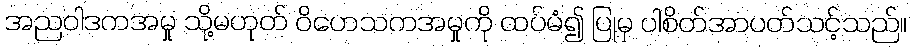
အညဝါဒကအမှု သို့မဟုတ် ဝိဟေသကအမှုကို ထပ်မံ၍ ပြုမှ ပါစိတ်အာပတ်သင့်သည်။